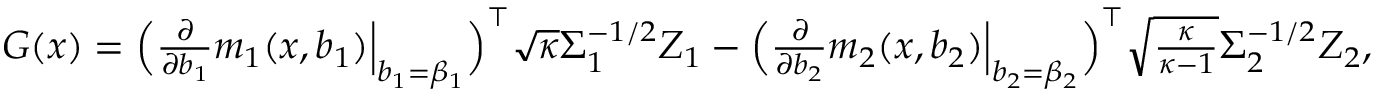
\begin{array} { r } { G ( x ) = \Big ( \frac { \partial } { \partial b _ { 1 } } m _ { 1 } ( x , b _ { 1 } ) \Big | _ { b _ { 1 } = \beta _ { 1 } } \Big ) ^ { \top } \sqrt { \kappa } \Sigma _ { 1 } ^ { - 1 / 2 } Z _ { 1 } - \Big ( \frac { \partial } { \partial b _ { 2 } } m _ { 2 } ( x , b _ { 2 } ) \Big | _ { b _ { 2 } = \beta _ { 2 } } \Big ) ^ { \top } \sqrt { \frac { \kappa } { \kappa - 1 } } \Sigma _ { 2 } ^ { - 1 / 2 } Z _ { 2 } , } \end{array}